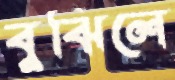
বুঝিলে